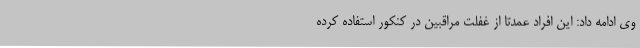
وی ادامه داد: ‌این افراد عمدتا از غفلت مراقبین در کنکور استفاده کرده